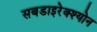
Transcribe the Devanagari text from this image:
सबडाइरेक्श्योन